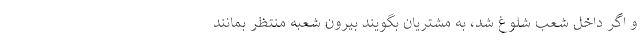
و اگر داخل شعب شلوغ شد، به مشتریان بگویند بیرون شعبه منتظر بمانند